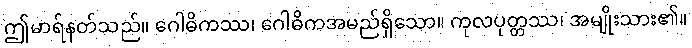
ဤမာရ်နတ်သည်။ ဂေါဓိကဿ၊ ဂေါဓိကအမည်ရှိသော။ ကုလပုတ္တဿ၊ အမျိုးသား၏။